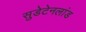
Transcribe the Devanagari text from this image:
सुडेटेनलांड